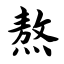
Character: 熬